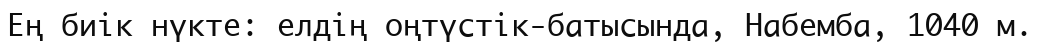
Ең биік нүкте: елдің оңтүстік-батысында, Набемба, 1040 м.